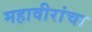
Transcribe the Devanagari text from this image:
महावीरांचा